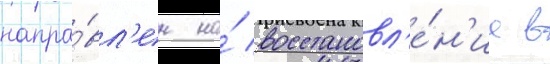
напра́вл'ен на́ восстановл'е́н'ие в